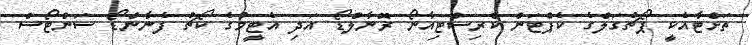
ތަށްޓާއެކީ ޕޯޗުގަލްގެ ކެޕްޓަން ކްރިސްޓިއާނޯ ރޮނާލްޑޯ އަދި އެޓީމުގެ ކޯޗު ފެނާންޑޯ ސަންޓޯސް